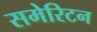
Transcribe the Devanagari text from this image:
समेरिटन